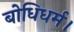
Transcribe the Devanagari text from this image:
बोधिधर्म।